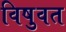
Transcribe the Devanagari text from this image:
विषुवत